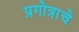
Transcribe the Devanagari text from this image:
प्रगोत्राचे